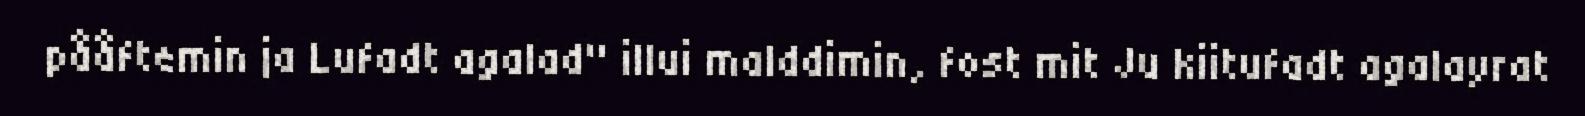
pååftemin ja Lufadt agalad" illui malddimin, fost mit Ju kiitufadt agalayrat